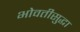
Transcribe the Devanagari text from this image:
भोवतीसुद्धा